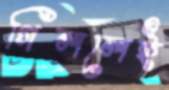
গিললেই